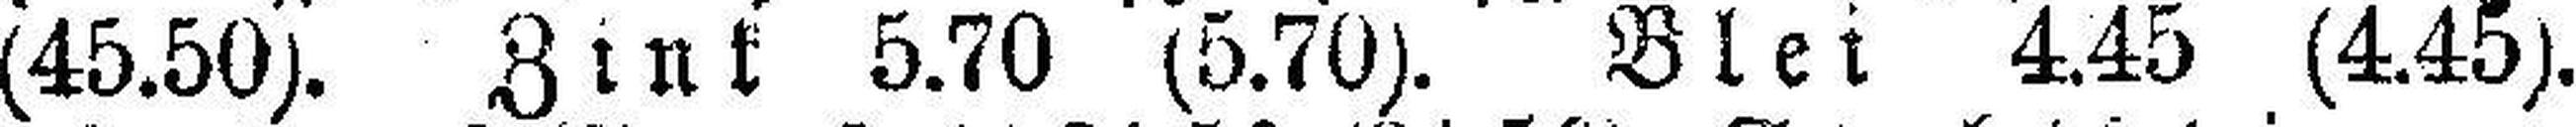
(45.50). Zink 5.70 (5.70). Blei 4.45 (4.45).